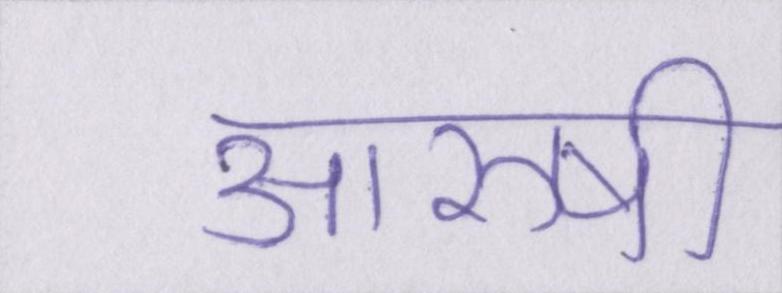
आरुषी